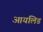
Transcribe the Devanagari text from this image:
आयलिड